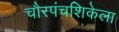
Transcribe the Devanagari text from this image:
चौरपंचशिकेला